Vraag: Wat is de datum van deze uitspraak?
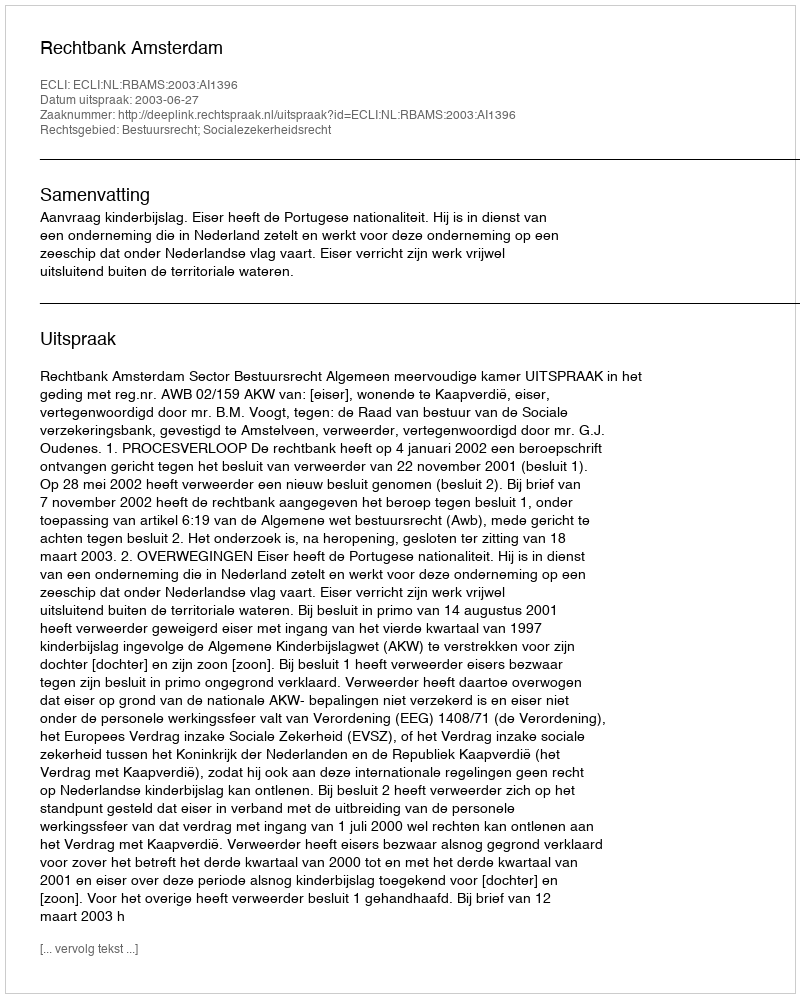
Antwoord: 2003-06-27